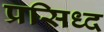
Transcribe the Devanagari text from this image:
प्रसिध्‍द